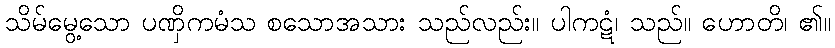
သိမ်မွေ့သော ပဏှိကမံသ စသောအသား သည်လည်း။ ပါကဋံ၊ သည်။ ဟောတိ၊ ၏။